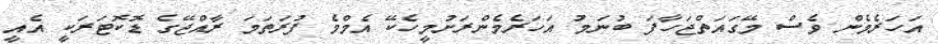
އަހަރެމެން ވެސް މޭގައަތްޖަހާފަ ބުނަމު އަހަރެމެންރަށުމީހެކޭ އެމްމެ ފުރަތަމަ ރާއްޖޭގެ ޑޮކޮޓަރަކީ އެއީ